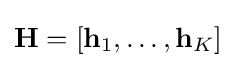
\mathbf {H} =[\mathbf {h} _{1},\ldots ,\mathbf {h} _{K}]